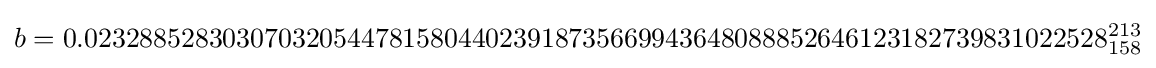
b=0.02328852830307032054478158044023918735669943648088852646123182739831022528_{158}^{213}